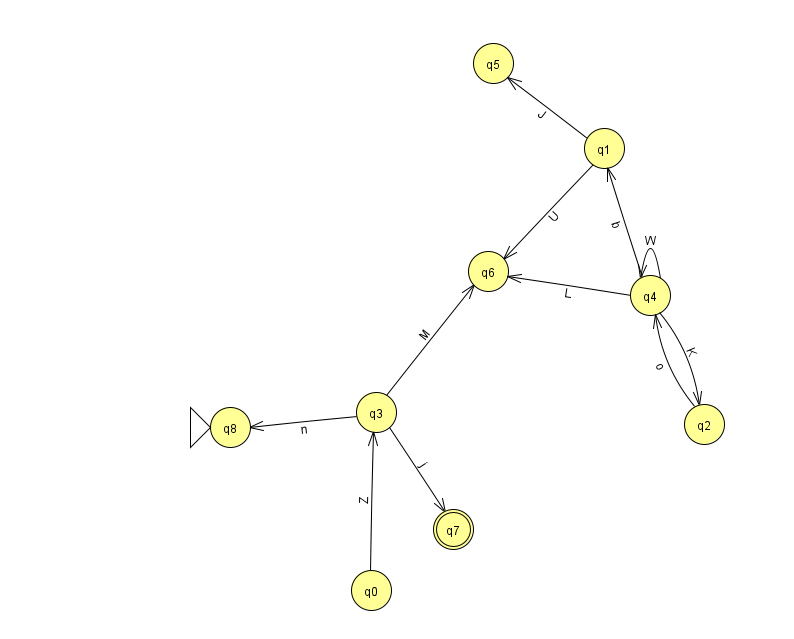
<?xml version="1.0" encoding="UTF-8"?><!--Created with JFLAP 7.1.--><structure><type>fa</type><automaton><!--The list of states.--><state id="0" name="q0"><x>371.0</x><y>577.0</y></state><state id="1" name="q1"><x>604.0</x><y>135.0</y></state><state id="2" name="q2"><x>704.0</x><y>411.0</y></state><state id="3" name="q3"><x>376.0</x><y>399.0</y></state><state id="4" name="q4"><x>650.0</x><y>282.0</y></state><state id="5" name="q5"><x>493.0</x><y>50.0</y></state><state id="6" name="q6"><x>488.0</x><y>258.0</y></state><state id="7" name="q7"><x>453.0</x><y>516.0</y><final/></state><state id="8" name="q8"><x>230.0</x><y>414.0</y><initial/></state><!--The list of transitions.--><transition><from>0</from><to>3</to><read>Z</read></transition><transition><from>3</from><to>6</to><read>M</read></transition><transition><from>4</from><to>2</to><read>K</read></transition><transition><from>4</from><to>1</to><read>b</read></transition><transition><from>2</from><to>4</to><read>o</read></transition><transition><from>4</from><to>4</to><read>W</read></transition><transition><from>4</from><to>6</to><read>L</read></transition><transition><from>1</from><to>6</to><read>U</read></transition><transition><from>3</from><to>8</to><read>n</read></transition><transition><from>3</from><to>7</to><read>j</read></transition><transition><from>1</from><to>5</to><read>J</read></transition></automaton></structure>